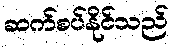
ဆက်စပ်နိုင်သည်